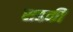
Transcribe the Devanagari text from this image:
सडकी